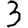
Digit: 3